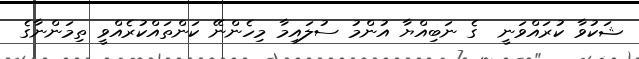
ޝަކުވާ ކުރައްވަނީ  ގެ ނަބިއްޔާ އުންމު ސުލައިމާ މިހެންނޭ ކަންތައްކުރެއްވީ ތިމަންނާގެ